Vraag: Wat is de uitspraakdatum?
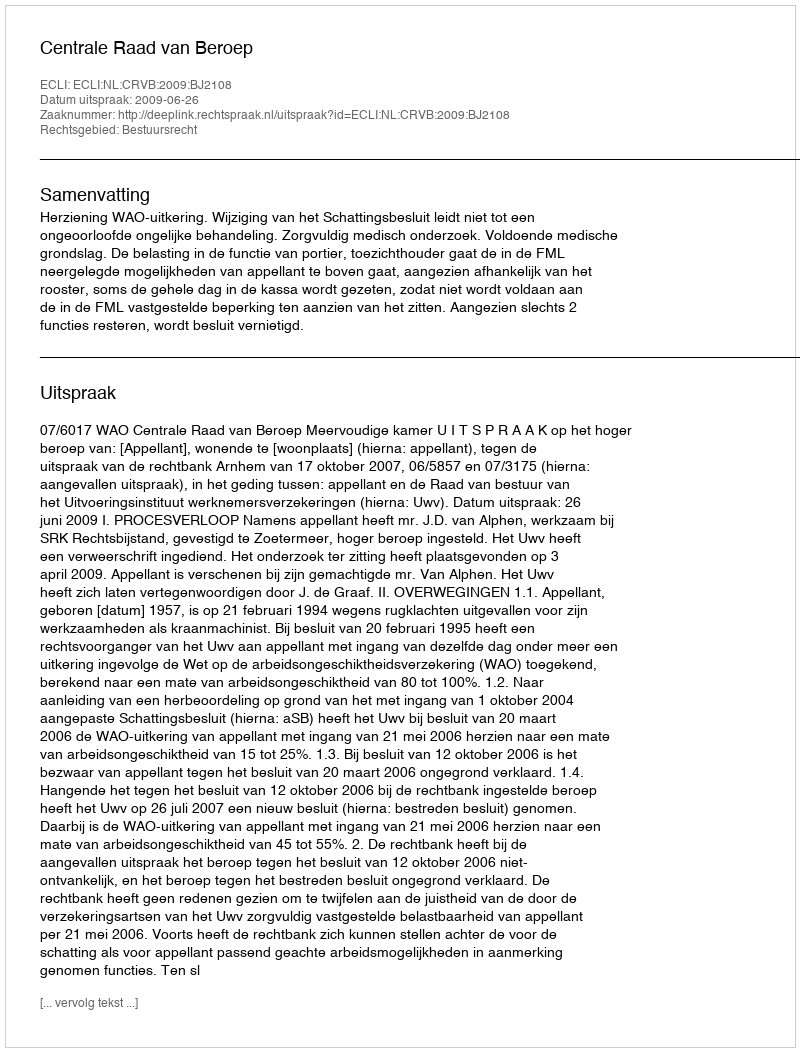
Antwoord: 2009-06-26